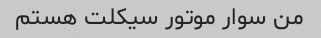
من سوار موتور سیکلت هستم